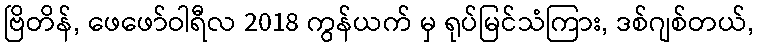
ဗြိတိန်, ဖေဖော်ဝါရီလ 2018 ကွန်ယက် မှ ရုပ်မြင်သံကြား, ဒစ်ဂျစ်တယ်,